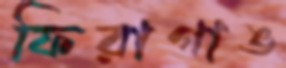
ফিরাগাঙ